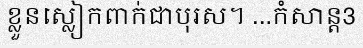
ខ្លួនស្លៀកពាក់ជាបុរស។ ...កំសាន្ត3